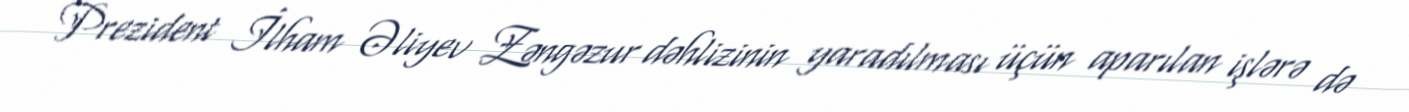
Prezident İlham Əliyev Zəngəzur dəhlizinin yaradılması üçün aparılan işlərə də